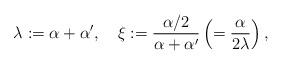
LaTeX: \begin{align*}\lambda := \alpha+\alpha', \quad \xi := {\alpha/2 \over \alpha+\alpha'} \left( = {\alpha \over 2\lambda} \right) ,\end{align*}